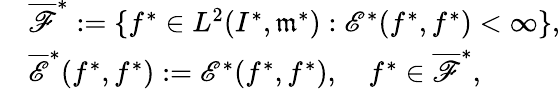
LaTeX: \begin{array}{rl}&{\overline{{{\mathscr F}}}^{*}:=\{ f^{*}\in L^{2}(I^{*},\mathfrak{m}^{*}):{\mathscr E}^{*}(f^{*},f^{*})<\infty\} ,}\\ &{\overline{{{\mathscr E}}}^{*}(f^{*},f^{*}):={\mathscr E}^{*}(f^{*},f^{*}),\quad f^{*}\in\overline{{{\mathscr F}}}^{*},}\end{array}